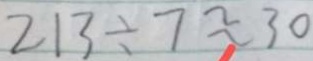
2 1 3 \div 7 \approx 3 0